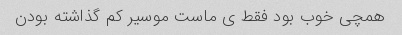
همچی خوب بود فقط ی ماست موسیر کم گذاشته بودن